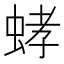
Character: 𮶾